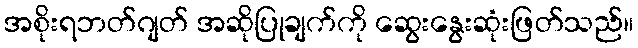
အစိုးရဘတ်ဂျတ် အဆိုပြုချက်ကို ဆွေးနွေးဆုံးဖြတ်သည်။